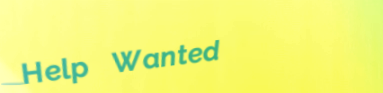
Help Wanted